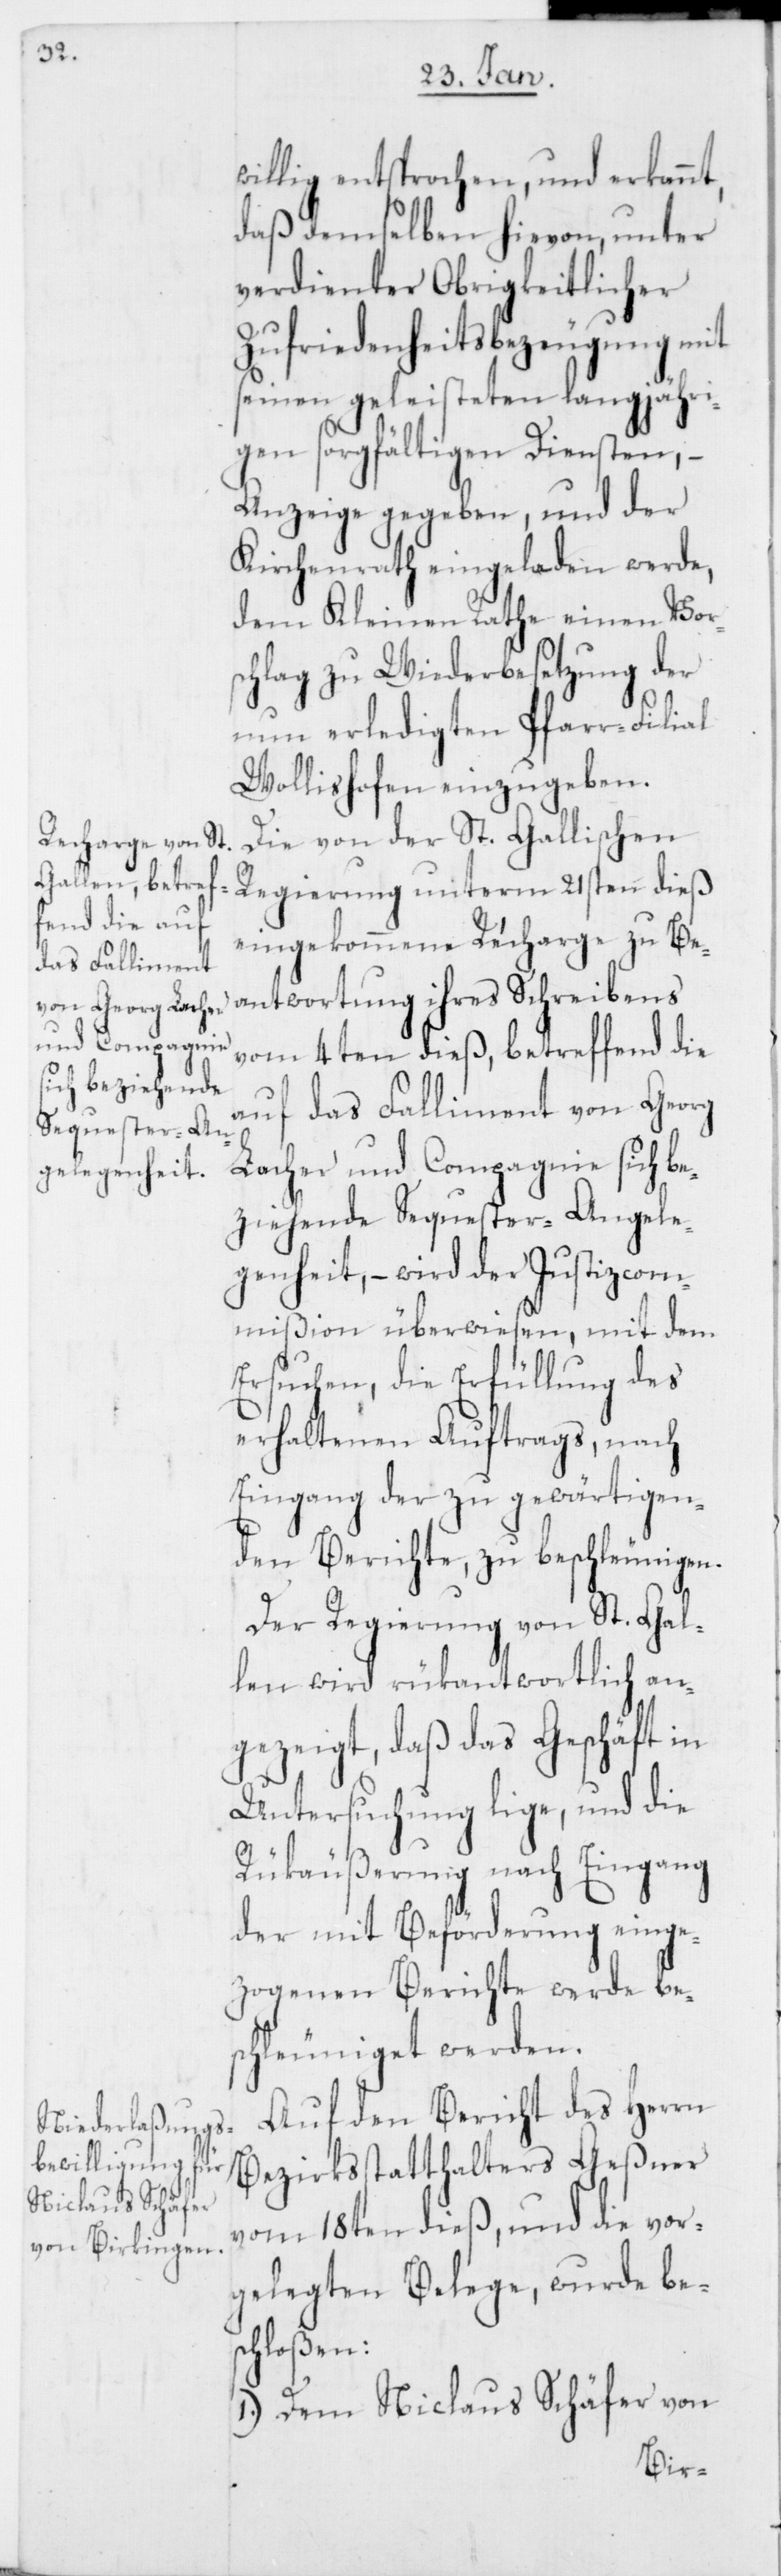
willig entsprochen, und erkannt,
daß demselben hievon, unter
verdienter Obrigkeitlicher
Zufriedenheitsbezeugung mit
seinen geleisteten langjähri¬
gen sorgfältigen Diensten, –
Anzeige gegeben, und der
Kirchenrath eingeladen werde,
dem Kleinen Rathe einen Vors¬
chlag zu Wiederbesetzung der
nun erledigten Pfarr-Filial
Wollishofen einzugeben.
Die von der St. Gallischen
Regierung unterm 21sten dieß
eingekommene Recharge zu Be¬
antwortung ihres Schreibens
vom 4ten dieß, betreffend die
auf das Falliment von Georg
Lacher und Compagnie sich be¬
ziehende Sequester-Angele¬
genheit, – wird der Justizcom¬
mißion überwiesen, mit dem
Ersuchen, die Erfüllung des
erhaltenen Auftrags, nach
Eingang der zu gewärtigen¬
den Berichte, zu beschleunigen.
Der Regierung von St. Gal¬
len wird rükantwortlich an¬
gezeigt, daß das Geschäft in
Untersuchung lige, und die
Rükäußerung nach Eingang
der mit Beförderung einge¬
zogenen Berichte werde bes¬
chleuniget werden.
Auf den Bericht des Herrn
Bezirksstatthalters Geßner
vom 18ten dieß, und die vor¬
gelegten Belege, wurde bes¬
chloßen:
1.) Dem Niclaus Schäfer von